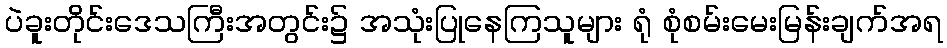
ပဲခူးတိုင်းဒေသကြီးအတွင်း၌ အသုံးပြုနေကြသူများ ရုံ စုံစမ်းမေးမြန်းချက်အရ